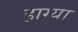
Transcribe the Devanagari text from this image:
हाग्या